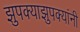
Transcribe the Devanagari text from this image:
झुपक्याझुपक्यांनी